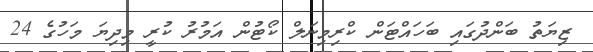
ޒިޔަތު ބަންދުގައި ބަހައްޓަން ކްރިމިނަލް ކޯޓުން އަމުރު ކުރީ މިދިޔަ މަހުގެ 24